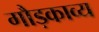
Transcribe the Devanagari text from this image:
गौड़काव्य